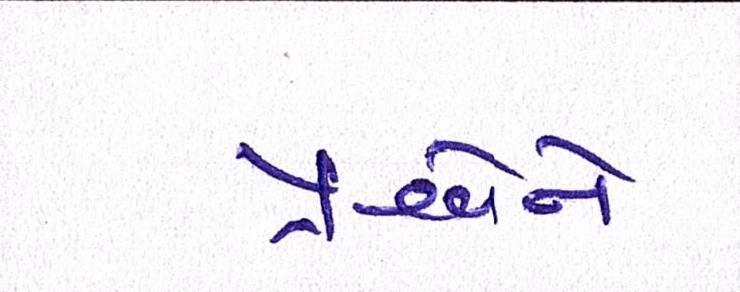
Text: પ્રશ્નોને